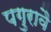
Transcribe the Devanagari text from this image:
पगुरावै